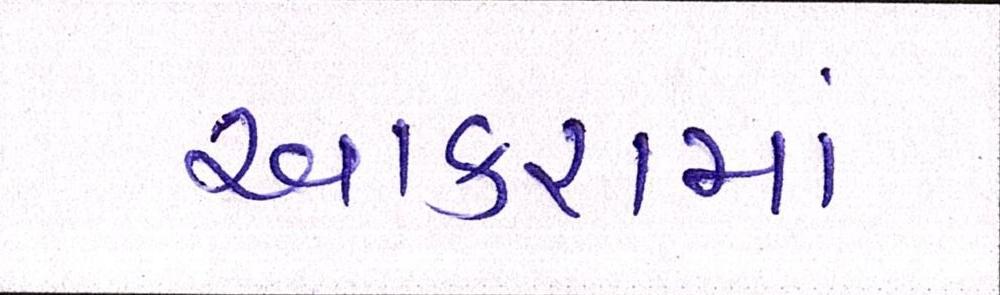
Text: આકરામાં